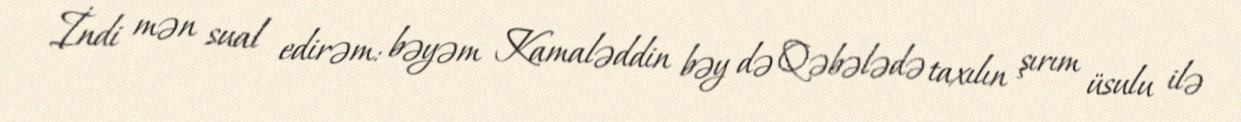
İndi mən sual edirəm: bəyəm Kamaləddin bəy də Qəbələdə taxılın şırım üsulu ilə